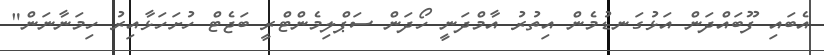
އެބައި ފޫބައްދަން އަޅުގަނޑުމެން އިތުރު އާމްދަނީ ހޯދަން ސަޕްލިމެންޓްރީ ބަޖެޓް ހުށަހަޅާއިރު ހިމަނާނަން"